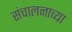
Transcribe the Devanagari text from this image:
संचालनाच्या